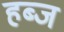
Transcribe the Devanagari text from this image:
हब्ज